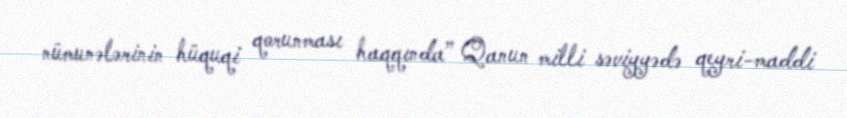
nümunələrinin hüquqi qorunması haqqında” Qanun milli səviyyədə qeyri-maddi